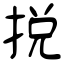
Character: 挩